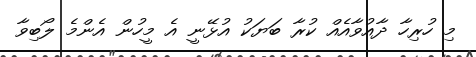
މި ހުރިހާ ދާއުވާއެއް ކުރާ ބަޔަކު އުޅޭނީ އެ މީހުން އެންމެ ލޯބިވާ